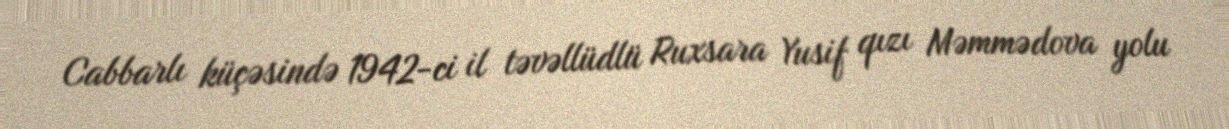
Cabbarlı küçəsində 1942-ci il təvəllüdlü Ruxsara Yusif qızı Məmmədova yolu